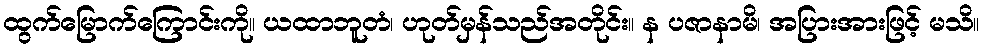
ထွက်မြောက်ကြောင်းကို။ ယထာဘူတံ၊ ဟုတ်မှန်သည်အတိုင်း။ န ပဇာနာမိ၊ အပြားအားဖြင့် မသိ။